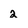
Character: 2